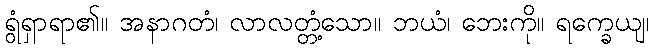
ရွံရှာရာ၏။ အနာဂတံ၊ လာလတ္တံ့သော။ ဘယံ၊ ဘေးကို။ ရက္ခေယျ၊